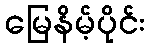
မြေနိမ့်ပိုင်း